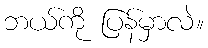
ဘယ်ကို ပြန်မှာလဲ။